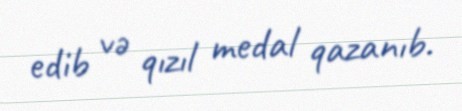
edib və qızıl medal qazanıb.